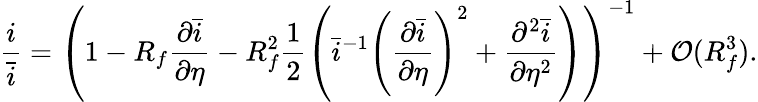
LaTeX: \frac{i}{\bar{i}}=\left(1-R_{f}\frac{\partial\bar{i}}{\partial\eta}-R_{f}^{2}\frac{1}{2}\left(\bar{i}^{-1}\left(\frac{\partial\bar{i}}{\partial\eta}\right)^{2}+\frac{\partial^{2}\bar{i}}{\partial\eta^{2}}\right)\right)^{-1}+\mathcal{O}(R_{f}^{3}).